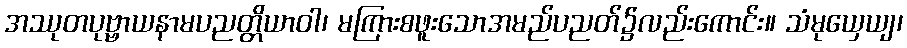
အဿုတပုဗ္ဗာယနာမပညတ္တိယာဝါ၊ မကြားစဖူးသောအမည်ပညတ်၌လည်းကောင်း။ သံမုယှေယျ၊